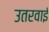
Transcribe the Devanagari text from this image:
उतरवाई